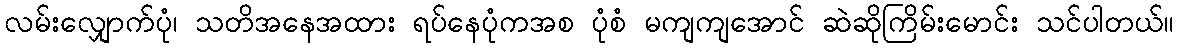
လမ်းလျှောက်ပုံ၊ သတိအနေအထား ရပ်နေပုံကအစ ပုံစံ မကျကျအောင် ဆဲဆိုကြိမ်းမောင်း သင်ပါတယ်။